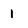
Character: 1